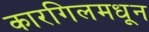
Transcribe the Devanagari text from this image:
कारगिलमधून